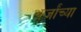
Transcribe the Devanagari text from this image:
अर्जांच्या